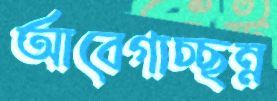
আবেগাচ্ছন্ন